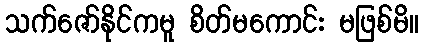
သက်ဇော်နိုင်ကမူ စိတ်မကောင်း မဖြစ်မိ။